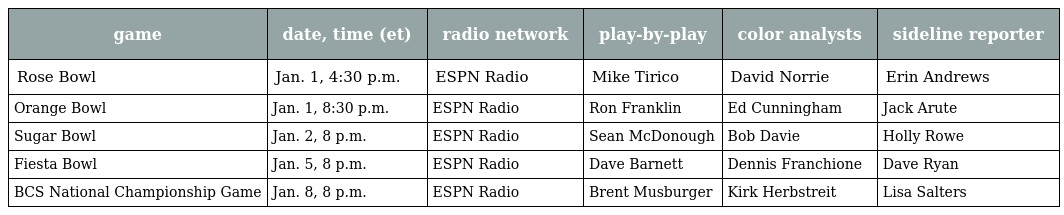
| game | date, time (et) | radio network | play-by-play | color analysts | sideline reporter |
 | --- | --- | --- | --- | --- | --- |
 | Rose Bowl | Jan. 1, 4:30 p.m. | ESPN Radio | Mike Tirico | David Norrie | Erin Andrews |
 | Orange Bowl | Jan. 1, 8:30 p.m. | ESPN Radio | Ron Franklin | Ed Cunningham | Jack Arute |
 | Sugar Bowl | Jan. 2, 8 p.m. | ESPN Radio | Sean McDonough | Bob Davie | Holly Rowe |
 | Fiesta Bowl | Jan. 5, 8 p.m. | ESPN Radio | Dave Barnett | Dennis Franchione | Dave Ryan |
 | BCS National Championship Game | Jan. 8, 8 p.m. | ESPN Radio | Brent Musburger | Kirk Herbstreit | Lisa Salters |